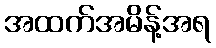
အထက်အမိန့်အရ